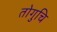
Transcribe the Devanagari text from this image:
तोगुचि